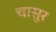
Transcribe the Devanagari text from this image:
चासुर